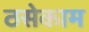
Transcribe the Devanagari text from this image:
ठसेकाम